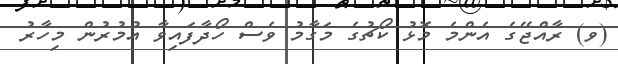
(ވ) ރާއްޖޭގެ އެންމެ މޮޅު ކޯޗުގެ މަގާމު ވެސް ހޯދާފައިވާ އުމުރުން މިހާރު